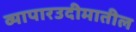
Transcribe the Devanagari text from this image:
व्यापारउदीमातील